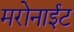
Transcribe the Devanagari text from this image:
मरोनाईट